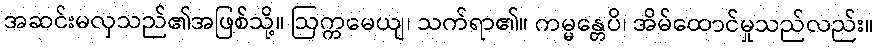
အဆင်းမလှသည်၏အဖြစ်သို့။ ဩက္ကမေယျ၊ သက်ရာ၏။ ကမ္မန္တေပိ၊ အိမ်ထောင်မှုသည်လည်း။